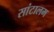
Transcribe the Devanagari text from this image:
सांटालम